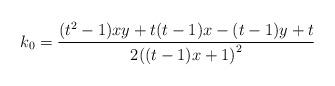
LaTeX: \begin{align*}k_{0}=\dfrac{(t^{2}-1)xy+t(t-1)x-(t-1)y+t}{2{\large (}(t-1)x+1{\large )}^{2}} \end{align*}